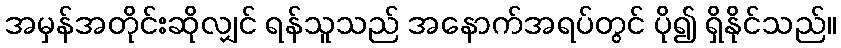
အမှန်အတိုင်းဆိုလျှင် ရန်သူသည် အနောက်အရပ်တွင် ပို၍ ရှိနိုင်သည်။